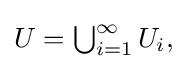
{\textstyle U=\bigcup _{i=1}^{\infty }U_{i},}